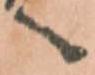
へ